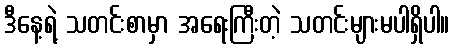
ဒီနေ့ရဲ့ သတင်းစာမှာ အရေးကြီးတဲ့ သတင်းများမပါရှိပါ။